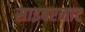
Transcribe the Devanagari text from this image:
साइबरनाट